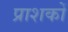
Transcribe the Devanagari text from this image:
प्राशकों